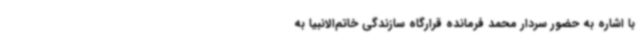
با اشاره به حضور سردار محمد فرمانده قرارگاه سازندگی خاتم‌الانبیا به